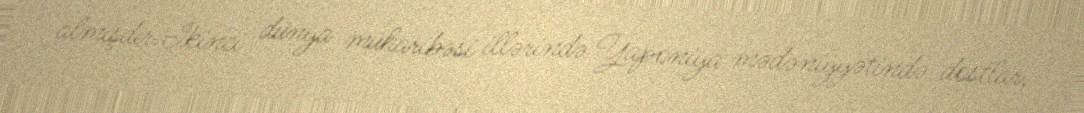
almışdır.İkinci dünya müharibəsi illərində Yaponiya mədəniyyətində dostlar,